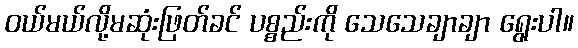
ဝယ်မယ်လို့မဆုံးဖြတ်ခင် ပစ္စည်းကို သေသေချာချာ ရွေးပါ။